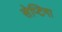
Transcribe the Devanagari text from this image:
सेप्टिमा